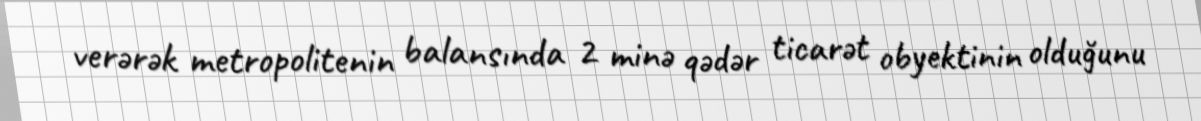
verərək metropolitenin balansında 2 minə qədər ticarət obyektinin olduğunu